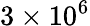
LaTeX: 3\times 10^{6}